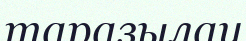
таразылау